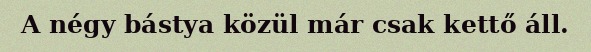
A négy bástya közül már csak kettő áll.